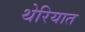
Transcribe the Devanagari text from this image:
थेरियात